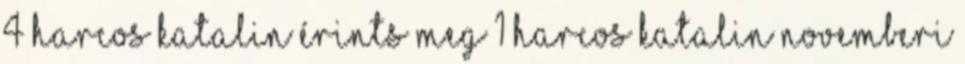
4 Harcos Katalin Érints meg 1 Harcos Katalin Novemberi